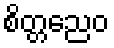
စိတ္တညေဝ